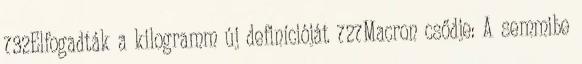
732Elfogadták a kilogramm új definícióját 727Macron csődje: A semmibe